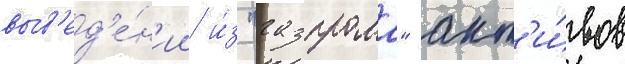
выв'ед'е́н'ии и́з "газпрома" акт'и́вов